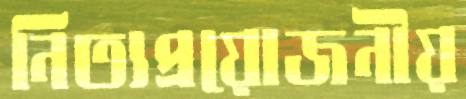
নিত্যপ্রয়োজনীয়